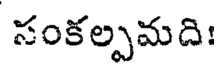
సంకల్పమది: